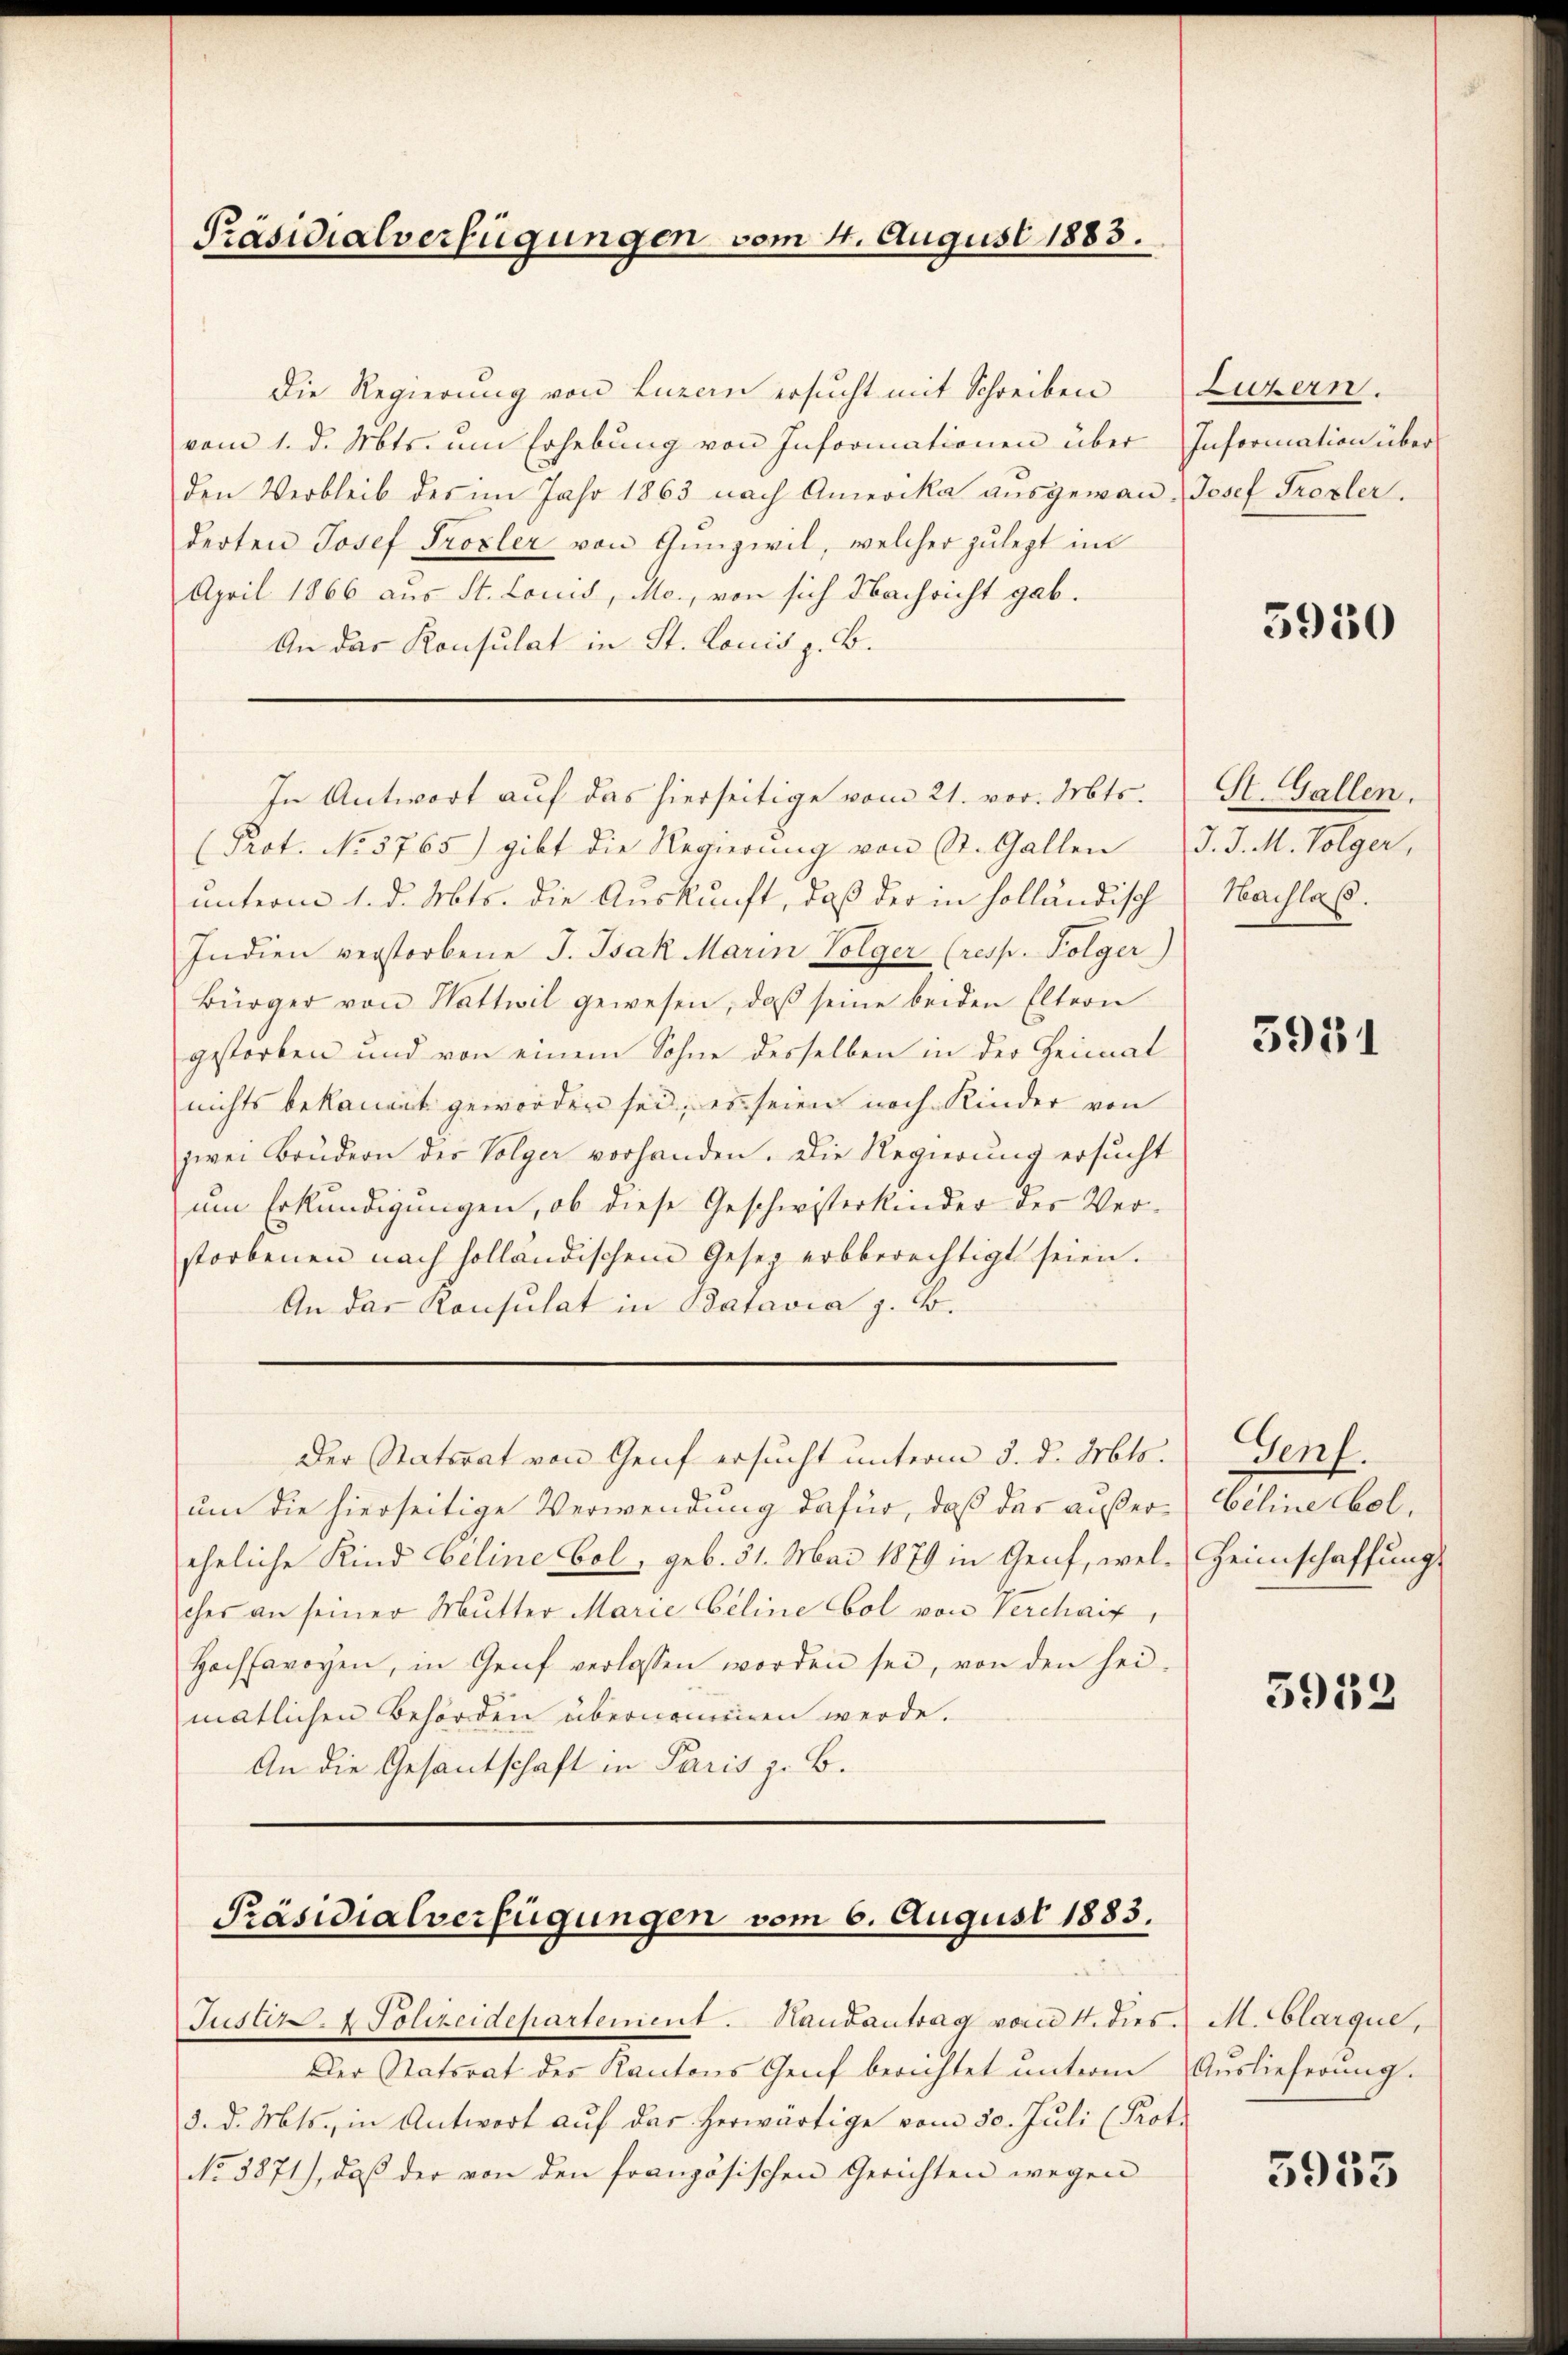
Präsidialverfügungen vom 4. August 1883.

Die Regierung von Luzern ersucht mit Schreiben
vom 1. d. Mts. um Erhebung von Informationen über Information über
den Verbleib des im Jahr 1863 nach Amerika aŭsgewan-Josef Froxler.
derten Josef Trozler von Gunzwil, welcher zulezt im
April 1866 aus St. Louis, Mo., von sich Nachricht gab.
An das Konsulat in St. Louis z. B.
Prot. No. 5765) gibt die Regierung von St. Gallen J. J. M. Folger,
unterm 1. d. Mts. die Auskunft, daß der in holländisch
Indien verstorbene J. Isak Marin Folger (resp. Folger)
Bürger von Wattwil gewesen, daβ seine beiden Eltern
gestorben und von einem Sohne desselben in der Heimat
nichts bekannt geworden sei, es seien noch Kinder von
zwei Brudern der Folger vorhanden. Die Regierung ersucht
um Erkundigungen, ob diese Geschwisterkinder der Ver-
storbenen nach holländischem Gesez erbberechtigt seien.
An das Konsulat in Batavia z. B.
Der Statorat von Genf ersucht unterm 3. d. Mts.
um die hierseitige Verwendung dafür, daß das außereheliche Kind Geline Bol, geb. 31. Mai 1879 in Genf, welches an seiner Mutter Marie beline Col von Verchaif,
Hochsavoyen, in Genf verlassen worden sei, von den hei-
matlichen Behörden übernommen werde.
An die Gesantschaft in Paris z. B.

In Antwort auf das hierseitige vom 21. vor. Mts.

Präsidialverfügungen vom 6. August 1883.

Justiz- & Polizeidepartement. Handantrag vom 4. dies
Der Statsrat des Kantons Genf berichtet unterm Auslieferung.
3. d. Mts., in Antwort aŭf das herwärtige vom 30. Juli (Prot.
No 8871), daß der von den französischen Gerichten wegen

Luzern.

3950

St. Gallen.
Machlaß

5931

Genf.
beline bel.
Heimschaffung

5953

M. Clarque,

5953